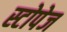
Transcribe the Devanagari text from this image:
स्टोपेज